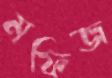
মফিজ